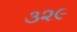
૩૨૯